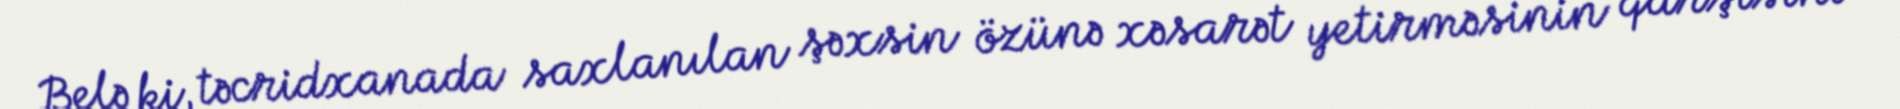
Belə ki, təcridxanada saxlanılan şəxsin özünə xəsarət yetirməsinin qarşısını